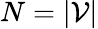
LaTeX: N=|\mathcal{V}|